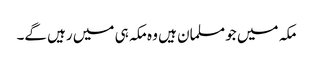
مکہ میں جو مسلمان ہیں وہ مکہ ہی میں رہیں گے۔